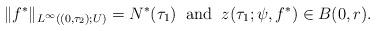
LaTeX: \begin{align*}\|f^*\|_{L^\infty((0, \tau_2); U)}=N^*(\tau_1)\;\;\mbox{\rm and}\;\; z(\tau_1;\psi,f^*) \in B(0,r).\end{align*}